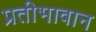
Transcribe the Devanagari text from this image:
प्रतीभावान